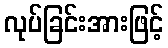
လုပ်ခြင်းအားဖြင့်